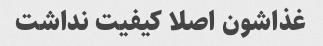
غذاشون اصلا کیفیت نداشت